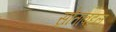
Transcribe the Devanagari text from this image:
स्रोताबद्दल